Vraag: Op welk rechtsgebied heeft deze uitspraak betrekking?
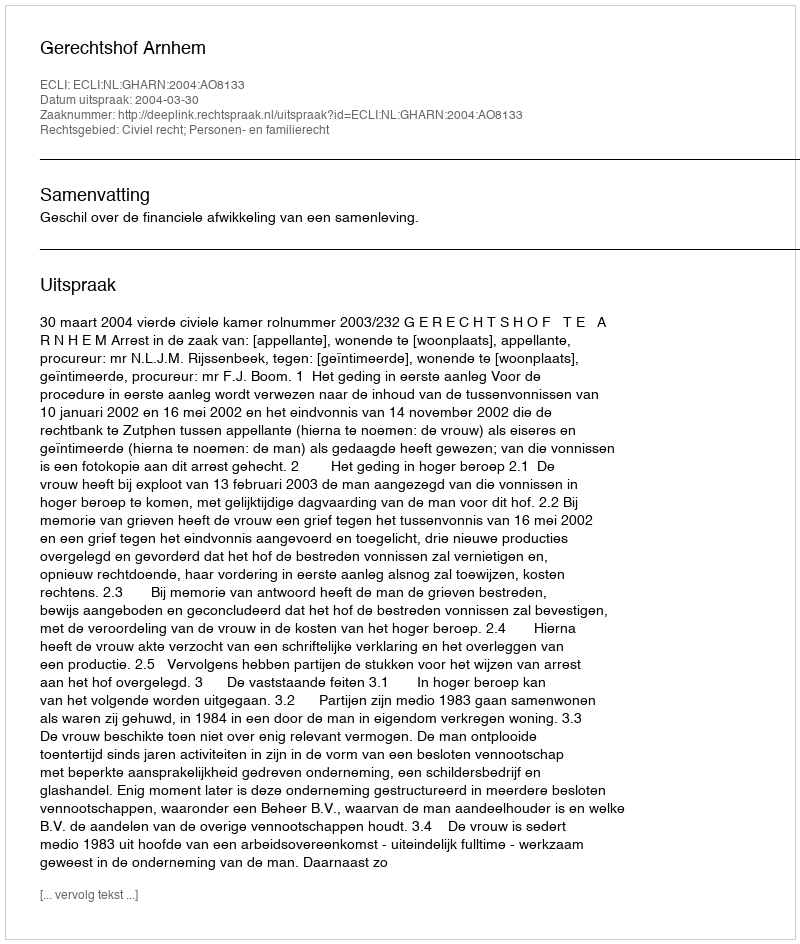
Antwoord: Civiel recht; Personen- en familierecht